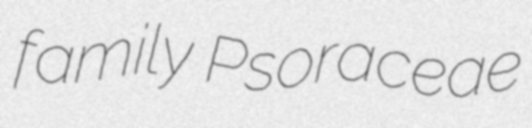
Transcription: family Psoraceae